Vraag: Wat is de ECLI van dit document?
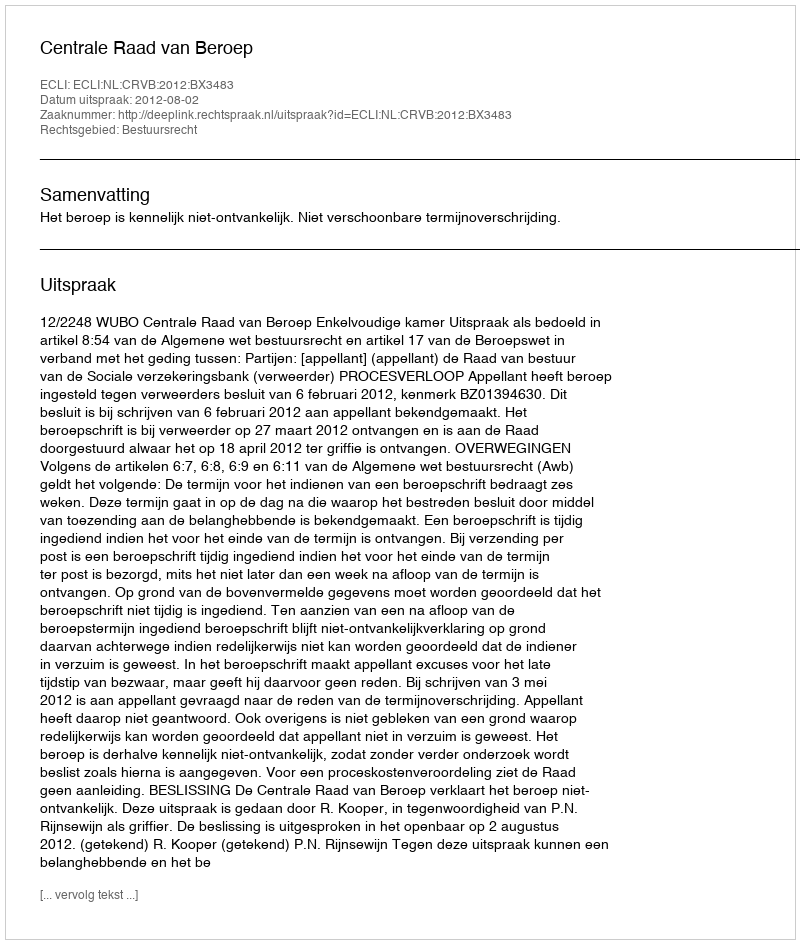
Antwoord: ECLI:NL:CRVB:2012:BX3483